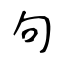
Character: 句